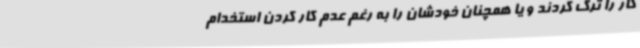
کار را ترک کردند و یا همچنان خودشان را به رغم عدم کار کردن استخدام